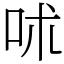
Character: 𠰲